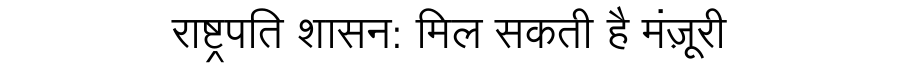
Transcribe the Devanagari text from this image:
राष्ट्रपति शासन: मिल सकती है मंज़ूरी